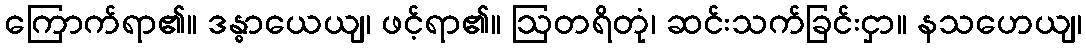
ကြောက်ရာ၏။ ဒန္ဓာယေယျ၊ ဖင့်ရာ၏။ ဩတရိတုံ၊ ဆင်းသက်ခြင်းငှာ။ နသဟေယျ၊